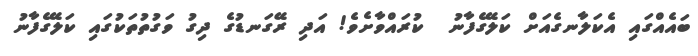
ބައެއްގައި އެކަލާނގެއަށް ކަލޭގެފާނު  ކުރައްވާށެވެ! އަދި ރޭގަނޑުގެ ދިގު ވަގުތުތަކުގައި ކަލޭގެފާނު